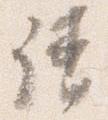
請